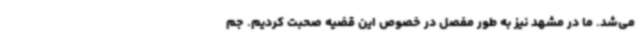
می‌شد. ما در مشهد نیز به طور مفصل در خصوص این قضیه صحبت کردیم. جم